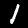
Label: 1